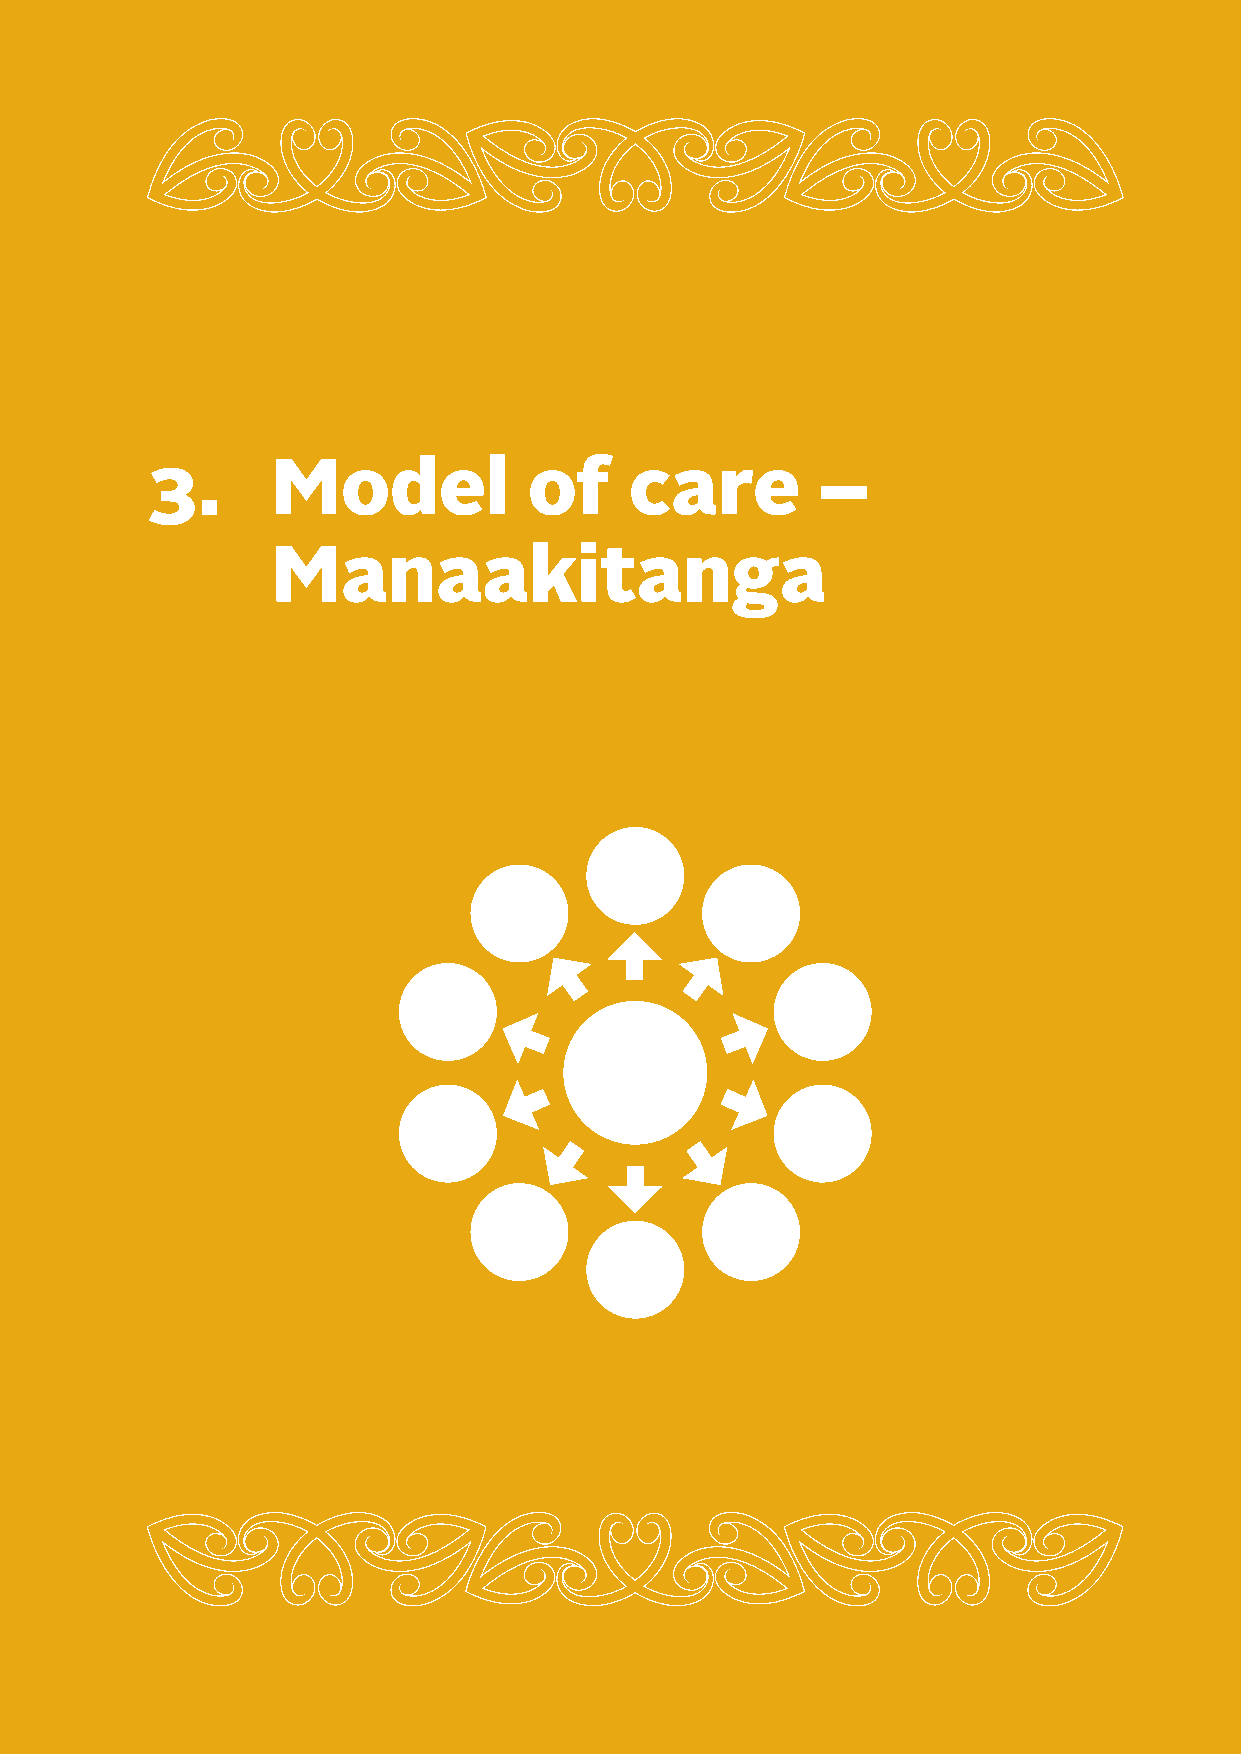
3.      Model            of     care        –
 Manaakitanga